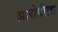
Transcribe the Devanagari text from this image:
आरोपीला